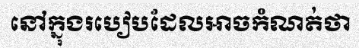
នៅក្នុងរបៀបដែលអាចកំណត់ថា